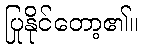
ပြုနိုင်တော့၏။